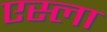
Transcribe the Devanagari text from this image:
एस्ला